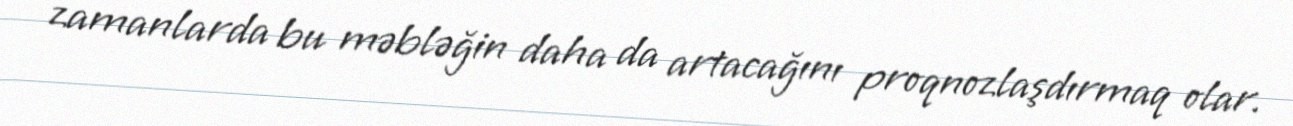
zamanlarda bu məbləğin daha da artacağını proqnozlaşdırmaq olar.